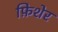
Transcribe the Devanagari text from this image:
फ़िशेर